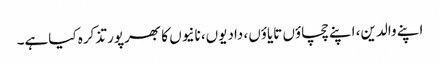
اپنے والدین، اپنے چچاؤں تایاؤں، دادیوں، نانیوں کا بھرپور تذکرہ کیاہے۔